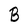
Character: B